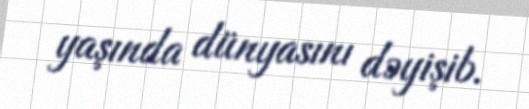
yaşında dünyasını dəyişib.